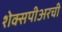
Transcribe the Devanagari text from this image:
शेक्सपीअरची